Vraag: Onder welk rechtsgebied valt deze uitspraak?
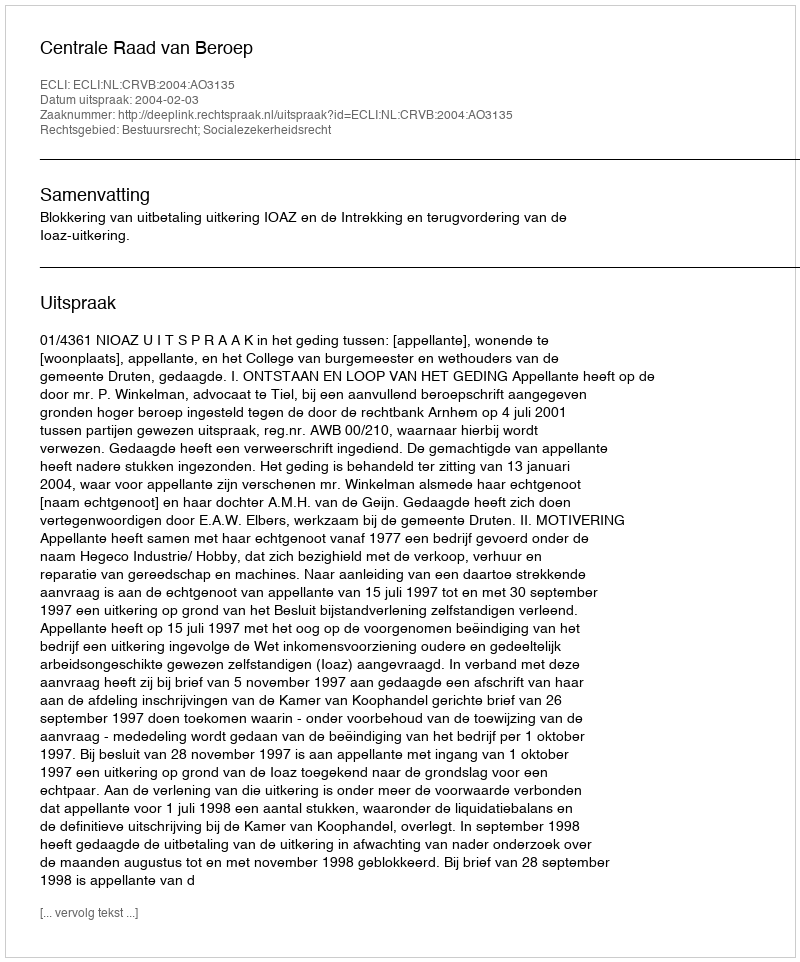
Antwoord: Bestuursrecht; Socialezekerheidsrecht